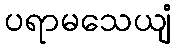
ပရာမသေယျံ